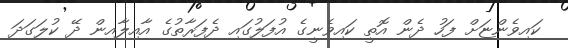
ކައިވެންޏަށް ފަހު ދެން އޮތީ ކައިވެނީގެ އުފަލުގައި ދެފަރާތުގެ އާއިލާއިން ދޭ ކުލަގަދަ